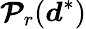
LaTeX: \boldsymbol{\mathcal{P}}_{r}(\boldsymbol{d}^{*})